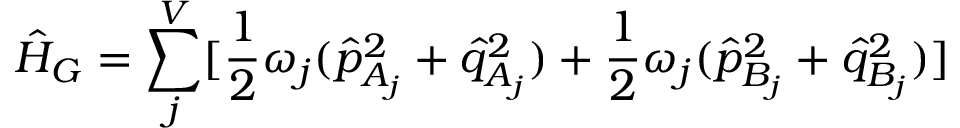
\hat { H } _ { G } = \sum _ { j } ^ { V } [ { \frac { 1 } { 2 } \omega _ { j } { ( \hat { p } _ { A _ { j } } ^ { 2 } + \hat { q } _ { A _ { j } } ^ { 2 } ) } } + { \frac { 1 } { 2 } \omega _ { j } { ( \hat { p } _ { B _ { j } } ^ { 2 } + \hat { q } _ { B _ { j } } ^ { 2 } ) } } ]